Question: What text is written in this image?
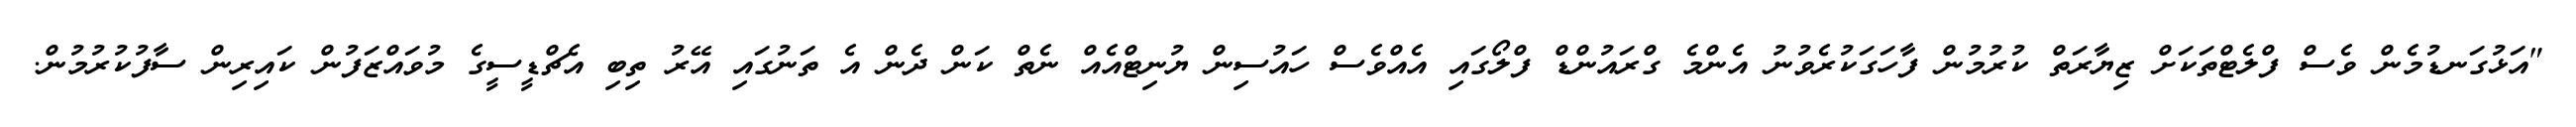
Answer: "އަޅުގަނޑުމެން ވެސް ފްލެޓްތަކަށް ޒިޔާރަތް ކުރުމުން ފާހަގަކުރެވުނު އެންމެ ގްރައުންޑް ފްލޯގައި އެއްވެސް ހައުސިން ޔުނިޓްއެއް ނެތް ކަން ދެން އެ ތަނުގައި އޭރު ތިބި އެޗްޑީސީގެ މުވައްޒަފުން ކައިރިން ސާފުކުރުމުން.